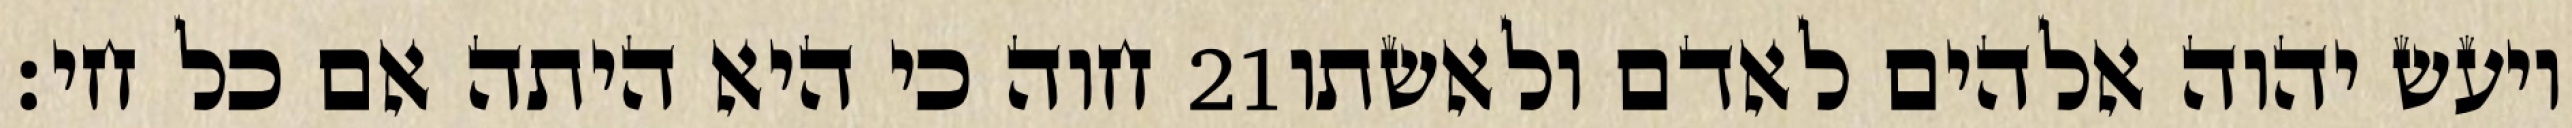
חוה כי היא היתה אם כל חי׃ ‎21‏ ויעש יהוה אלהים לאדם ולאשתו